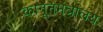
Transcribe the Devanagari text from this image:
कानूनमंत्रालय